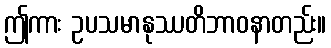
ဤကား ဥပသမာနုဿတိဘာဝနာတည်း။